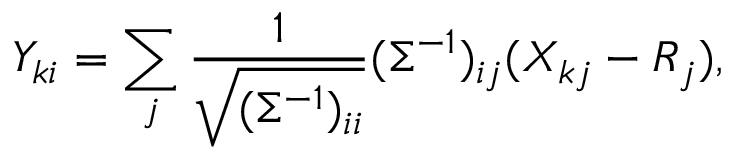
Y _ { k i } = \sum _ { j } \frac { 1 } { \sqrt { ( \Sigma ^ { - 1 } ) _ { i i } } } ( \Sigma ^ { - 1 } ) _ { i j } ( X _ { k j } - R _ { j } ) ,